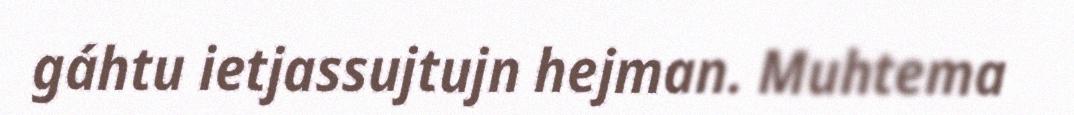
gáhtu ietjassujtujn hejman. Muhtema